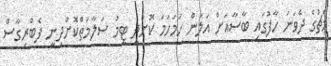
މެޗުގެ ދެވަނަ ހާފުގައި ބާސާއަށް އަލުން ހަމަހަމަ ކޮށްދީ ޓީމު ސަލާމަތްކޮށްދިނީ ފެބްރިގާސް